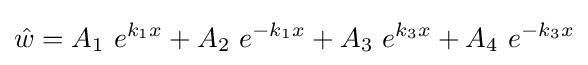
{\hat {w}}=A_{1}~e^{k_{1}x}+A_{2}~e^{-k_{1}x}+A_{3}~e^{k_{3}x}+A_{4}~e^{-k_{3}x}